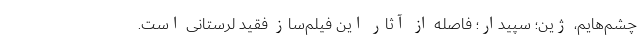
چشم‌هایم، ژین؛ سپیدار؛ فاصله از آثار این فیلم‌ساز فقید لرستانی است.